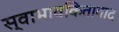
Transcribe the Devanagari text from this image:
स्वाभावकितावाद